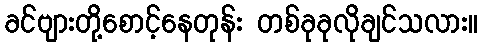
ခင်ဗျားတို့စောင့်နေတုန်း တစ်ခုခုလိုချင်သလား။